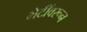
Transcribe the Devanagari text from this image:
भेटींवरून